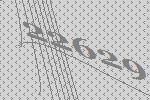
22629